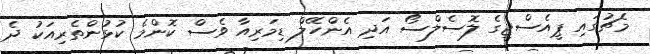
މެޗުގައި ޕީއެސްޖީގެ ލޮސެލްސޯ އަދި އެންހޭލް ޑިމަރިއާ ވެސް ކޮންމެ ކުޅުންތެރިއަކު ދެ